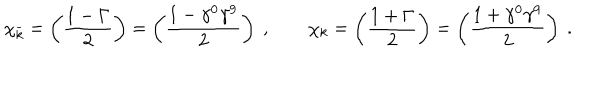
LaTeX: \chi _ { \bar { k } } = \left( { \frac { 1 - \Gamma } { 2 } } \right) = \left( { \frac { 1 - \gamma ^ { 0 } \gamma ^ { 9 } } { 2 } } \right) \ , \qquad \chi _ { k } = \left( { \frac { 1 + \Gamma } { 2 } } \right) = \left( { \frac { 1 + \gamma ^ { 0 } \gamma ^ { 9 } } { 2 } } \right) \ .